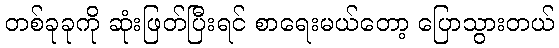
တစ်ခုခုကို ဆုံးဖြတ်ပြီးရင် စာရေးမယ်တော့ ပြောသွားတယ်